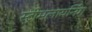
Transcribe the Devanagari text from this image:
स्ट्रीमलायनिंग